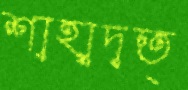
শাহাদত্